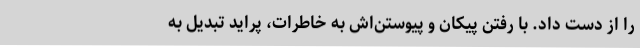
را از دست داد. با رفتن پیکان و پیوستن‌اش به خاطرات، پراید تبدیل به